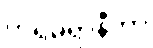
ကရမရာနီတာ